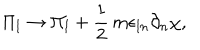
LaTeX: \Pi _ { l } \rightarrow \Pi _ { l } + \frac { 1 } { 2 } \, m \epsilon _ { l n } \partial _ { n } \chi ,